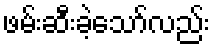
ဖမ်းဆီးခဲ့သော်လည်း